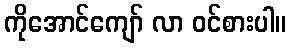
ကိုအောင်ကျော် လာ ဝင်စားပါ။